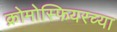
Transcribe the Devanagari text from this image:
क्रोमोस्फियरच्या